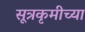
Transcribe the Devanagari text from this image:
सूत्रकृमीच्या